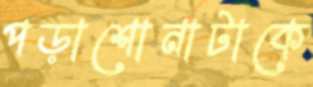
পড়াশোনাটাকে